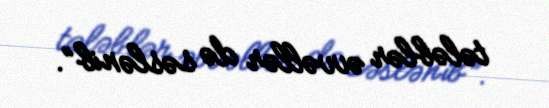
tələblər əvvəllər də səslənib”.